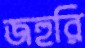
জহুরি